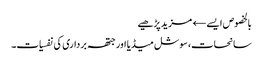
بالخصوص ایسے← مزید پڑھیے
سانحات، سوشل میڈیا اور جتھہ برداری کی نفسیات۔